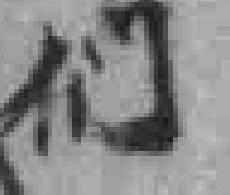
们